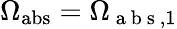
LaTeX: \Omega_{\mathrm{abs}}=\Omega_{\mathrm{~a~b~s~},1}